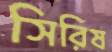
সিরিষ